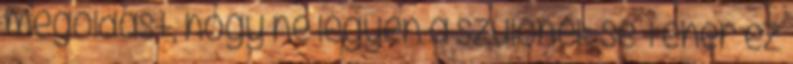
megoldást, hogy ne legyen a szülőnek se teher ez